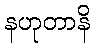
နဟုတာနိ